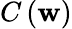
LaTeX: C\left(\mathbf{w}\right)